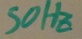
Text: 50Hz